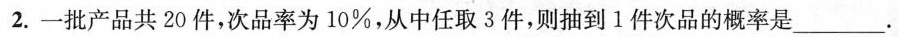
2.一批产品共20件，次品率为10%，从中任取3件，则抽到1件次品的概率是___